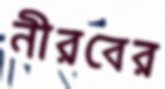
নীরবের